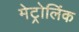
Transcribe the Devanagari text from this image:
मेट्रोलिंक